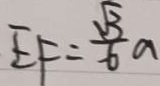
E F = \frac { \sqrt { 3 } } { 6 } a